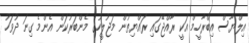
އިލްޔާސް އިބްރާހީމް އަކީ ރާއްޖޭގައި ރައްޔިތުން މަޖުލީހުގެ މެންބަރުކަން އެންމެ ގިނަ ދުވަހު